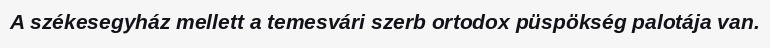
A székesegyház mellett a temesvári szerb ortodox püspökség palotája van.